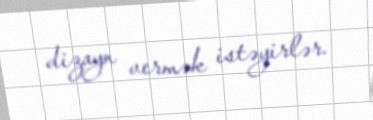
dizayn vermək istəyirlər.